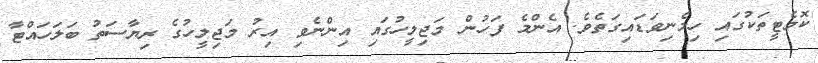
ކޮމެޓީތަކުގައި ހިމެނިވަޑައިގަތެވެ. އެންމެ ފަހުން މަޖިލީހުގައި އިންނެވި އިރު މަޖިލީހުގެ ރިޔާސަތު ބަލަހައްޓާ